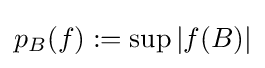
p_{B}(f):=\sup \left|f(B)\right|